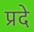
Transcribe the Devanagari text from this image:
प्रदे